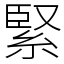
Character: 緊